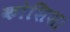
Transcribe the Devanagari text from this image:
कोशिश।